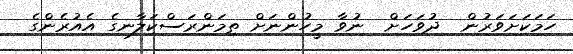
ހަމަކަށަވަރުން  ދުވަހަށް  ނުވާ މީހުންނަށް ތިމަންރަސްކަލާނގެ އެއުރެންގެ